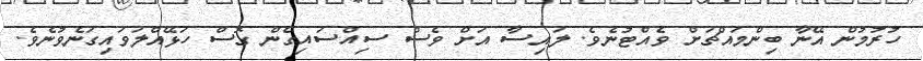
ހުރުމުން އޭނާ ބިންމައްޗަށް ވެއްޓުނެވެ. ލައިސާ އަށް ވެސް ސިއްސައިގެން ގޮސް ހަޅޭއްލަވައިގަނެވުނެވެ.